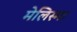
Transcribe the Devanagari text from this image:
मेलिस्मा